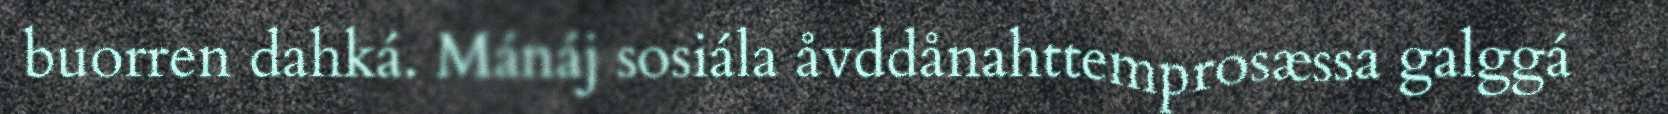
buorren dahká. Mánáj sosiála åvddånahttemprosæssa galggá